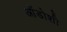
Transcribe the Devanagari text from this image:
ओंडोशी